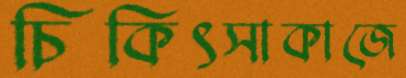
চিকিৎসাকাজে